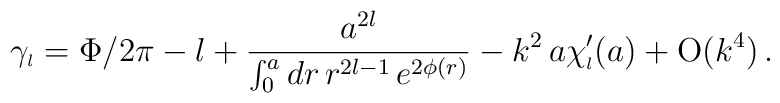
\gamma_{\scriptscriptstyle{l}}=\Phi/2 \pi - l +\frac{a^{2l}}{\int_0^a dr\,r^{2l-1}\,e^{2 \phi(r)}}-k^2\,a \chi_{\scriptscriptstyle{l}}^{\prime}(a) + \mbox{O}(k^4)\,.